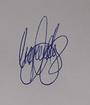
Signature authenticity: genuine